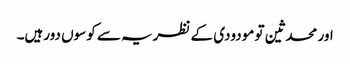
اور محدثین تو مودودی کے نظریہ سے کوسوں دورہیں۔